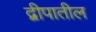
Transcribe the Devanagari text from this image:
द्वीपातील